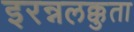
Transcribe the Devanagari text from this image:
इरन्नलक्कुता